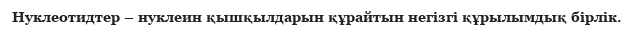
Нуклеотидтер – нуклеин қышқылдарын құрайтын негізгі құрылымдық бірлік.